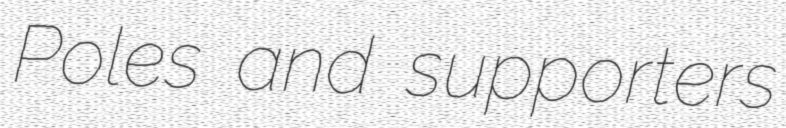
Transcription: Poles and supporters